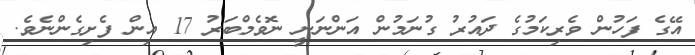
އޭގެ ފަހުން ވެރިކަމުގެ ދައުރު ގުނަމުން އަންނަނީ ނޮވެމްބަރު 17 އިން ފެށިގެންނެވެ.